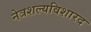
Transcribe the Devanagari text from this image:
नेत्रशल्यविशारद